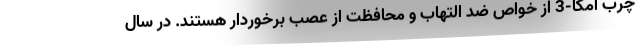
چرب امگا-3 از خواص ضد التهاب و محافظت از عصب برخوردار هستند. در سال